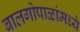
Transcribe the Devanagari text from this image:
बालगोपाळांमध्ये